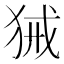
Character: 𤞫